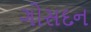
ગોસદન